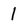
Character: 1